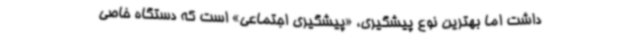
داشت اما بهترین نوع پیشگیری، «پیشگیری اجتماعی» است که دستگاه خاصی